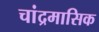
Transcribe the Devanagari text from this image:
चांद्रमासिक